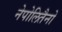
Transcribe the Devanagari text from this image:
नेपोलितैनो